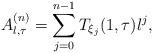
LaTeX: \begin{align*}A_{\l,\tau}^{(n)}=\sum_{j=0}^{n-1}T_{\xi_j}(1,\tau)\l^{j},\end{align*}